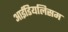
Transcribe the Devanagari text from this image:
आईडियलिसम